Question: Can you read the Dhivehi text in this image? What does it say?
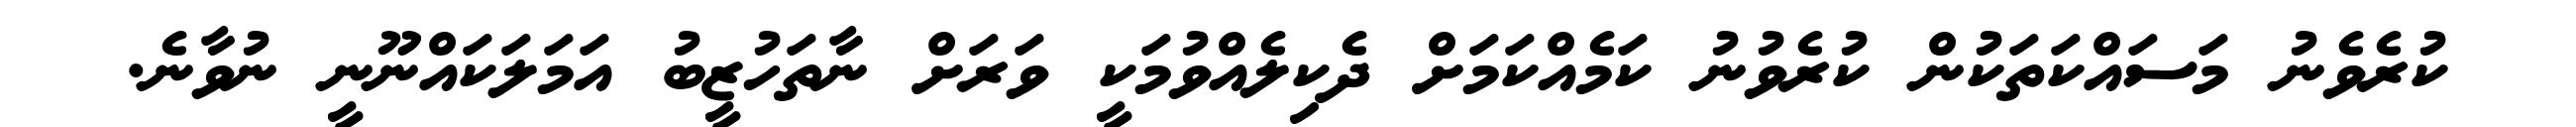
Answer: ކުރެވެނު މަސައްކަތަކުން ކުރެވުނު ކަމެއްކަމަށް ދެކިލެއްވުމަކީ ވަރަށް ނާތަހުޒީބު އަމަލަކައްނޫނީ ނުވާނެ.